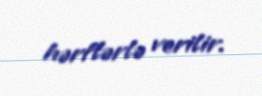
hərflərlə verilir.